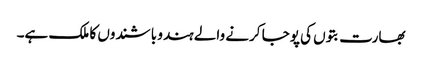
بھارت بتوں کی پوجا کرنے والے ہندو باشندوں کا ملک ہے۔